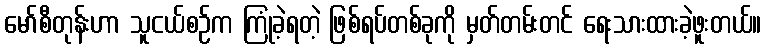
မော်စီတုန်းဟာ သူငယ်စဉ်က ကြုံခဲ့ရတဲ့ ဖြစ်ရပ်တစ်ခုကို မှတ်တမ်းတင် ရေးသားထားခဲ့ဖူးတယ်။